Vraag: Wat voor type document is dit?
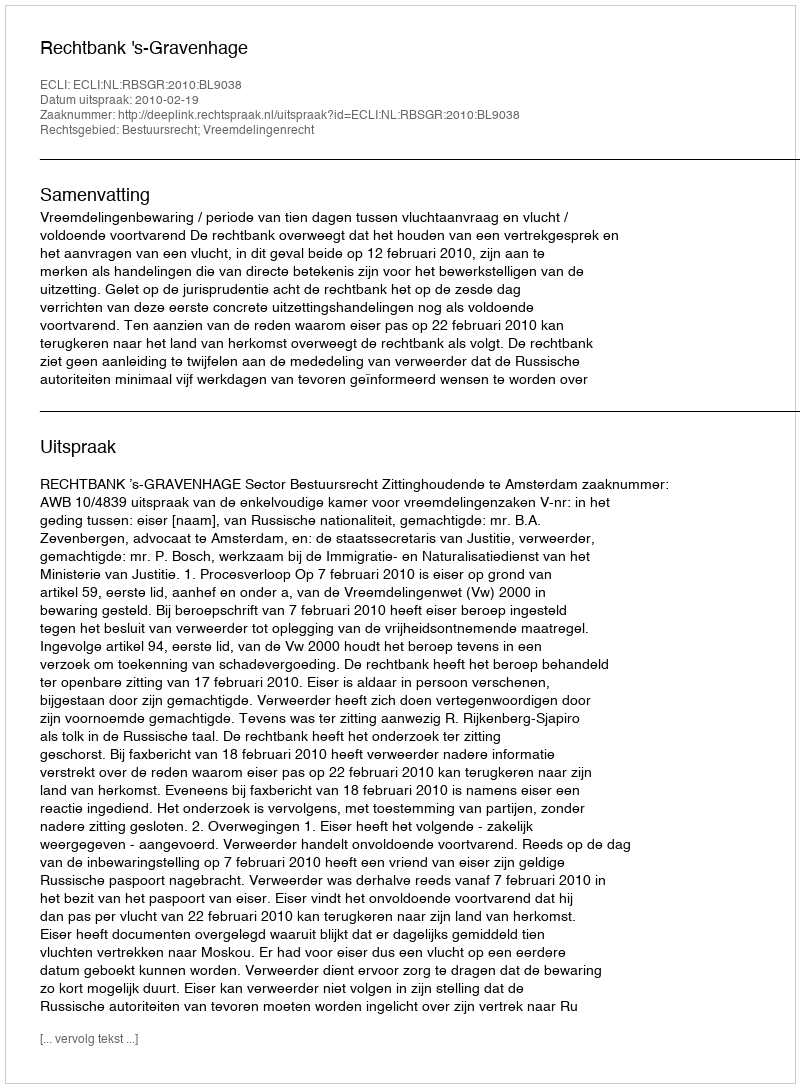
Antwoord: Uitspraak